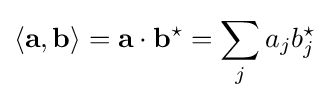
\left\langle \mathbf {a} ,\mathbf {b} \right\rangle =\mathbf {a} \cdot \mathbf {b} ^{\star }=\sum _{j}a_{j}b_{j}^{\star }